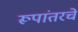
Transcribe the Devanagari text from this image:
रूपांतरचे